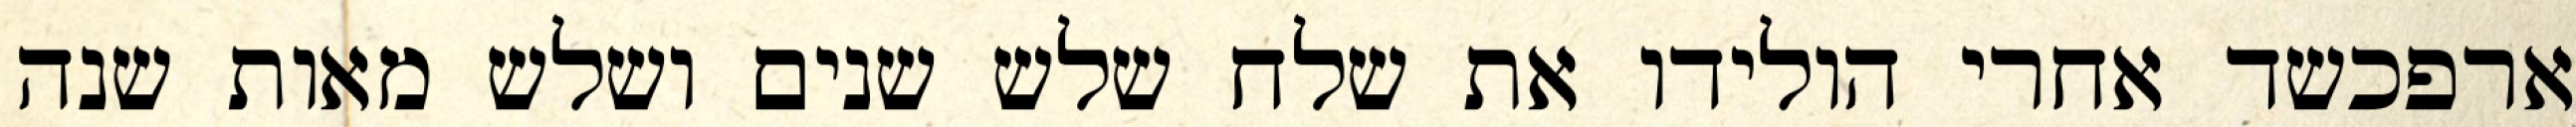
ארפכשד אחרי הולידו את שלח שלש שנים ושלש מאות שנה